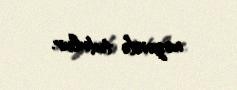
nəzərdə tutulur.